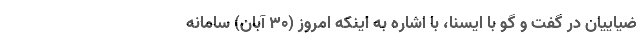
ضیاییان در گفت و گو با ایسنا، با اشاره به اینکه امروز (۳۰ آبان) سامانه